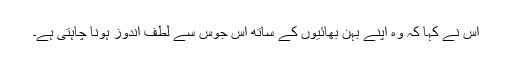
اس نے کہا کہ وہ اپنے بہن بھائیوں کے ساتھ اس جوس سے لطف اندوز ہونا چاہتی ہے۔